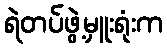
ရဲတပ်ဖွဲ့မှူးရုံးက